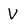
Character: V